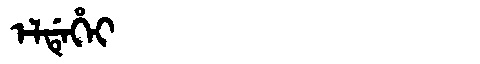
Manchu: ᡝᠯᡩᡝᡥᡝᡳ
Romanization: ELDEHEI